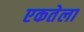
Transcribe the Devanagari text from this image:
एकतेला